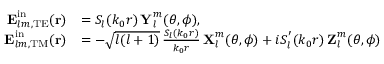
\begin{array} { r l } { \boldsymbol { \mathbf { E } } _ { l m , \mathrm { T E } } ^ { \mathrm { i n } } ( \boldsymbol { \mathbf { r } } ) } & { = S _ { l } ( k _ { 0 } r ) \, \boldsymbol { \mathbf { Y } } _ { l } ^ { m } ( \theta , \phi ) , } \\ { \boldsymbol { \mathbf { E } } _ { l m , \mathrm { T M } } ^ { \mathrm { i n } } ( \boldsymbol { \mathbf { r } } ) } & { = - \sqrt { l ( l + 1 ) } \, \frac { S _ { l } ( k _ { 0 } r ) } { k _ { 0 } r } \, \boldsymbol { \mathbf { X } } _ { l } ^ { m } ( \theta , \phi ) + i S _ { l } ^ { ' } ( k _ { 0 } r ) \, \boldsymbol { \mathbf { Z } } _ { l } ^ { m } ( \theta , \phi ) } \end{array}